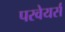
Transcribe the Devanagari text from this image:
परवेयर्स